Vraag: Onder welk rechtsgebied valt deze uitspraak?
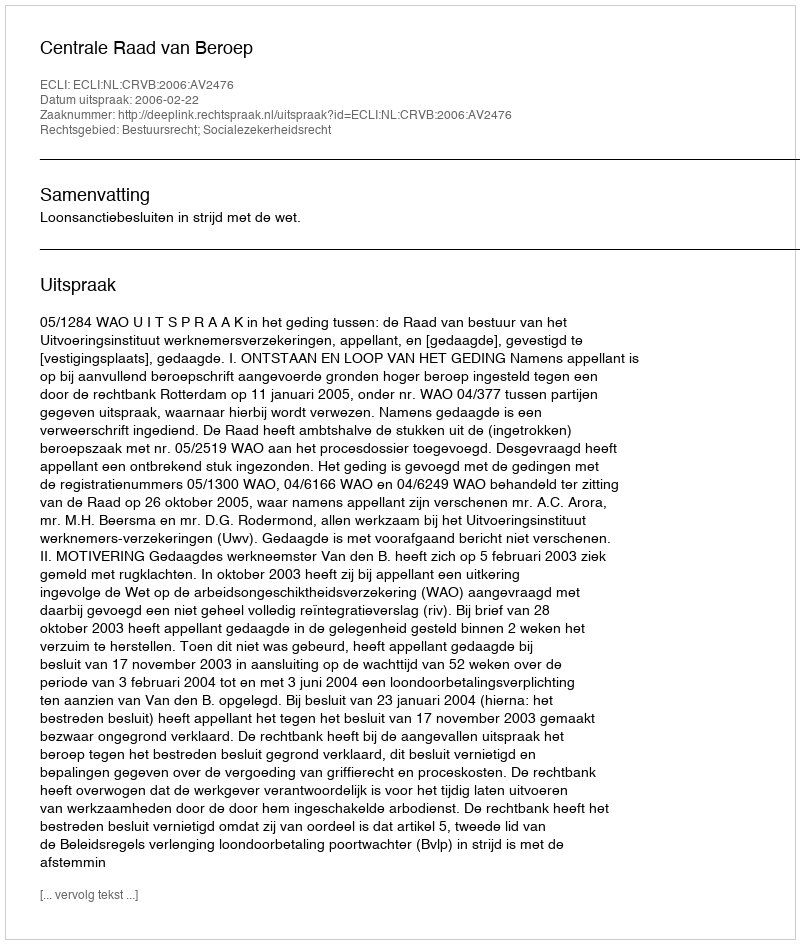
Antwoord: Bestuursrecht; Socialezekerheidsrecht